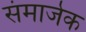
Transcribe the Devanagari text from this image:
संमार्जक